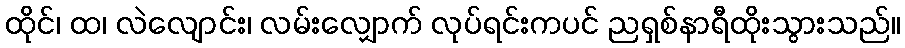
ထိုင်၊ ထ၊ လဲလျောင်း၊ လမ်းလျှောက် လုပ်ရင်းကပင် ညရှစ်နာရီထိုးသွားသည်။